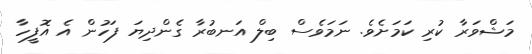
މަޝްވަރާ ކުރި ކަމަށެވެ. ނަމަވެސް ބިލް އަނބުރާ ގެންދިޔަ ފަހުން އެ އޮފީހާ